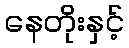
နေတိုးနှင့်